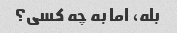
بله، اما به چه کسی؟